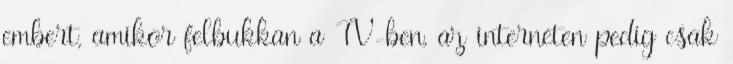
embert, amikor felbukkan a TV-ben, az interneten pedig csak